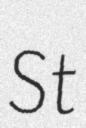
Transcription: St